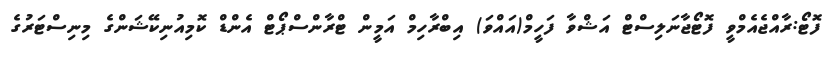
ފޮޓޯ:ރާއްޖެއެމްވީ ފޮޓޯޖާނަލިސްޓް އަޝްވާ ފަހީމް(އައްވަ) އިބްރާހިމް އަމީން ޓްރާންސްޕޯޓް އެންޑް ކޮމިއުނިކޭޝަންގެ މިނިސްޓަރުގެ